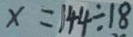
x = 1 4 4 \div 1 8